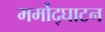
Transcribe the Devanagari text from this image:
मर्मोद्घाटन